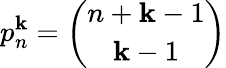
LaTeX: p_{n}^{\mathbf{k}}={\binom{n+\mathbf{k}-1}{\mathbf{k}-1}}